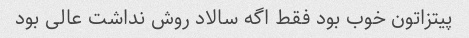
پیتزاتون خوب بود فقط اگه سالاد روش نداشت عالی بود